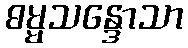
ဓမ္မသန္ဒောသာ